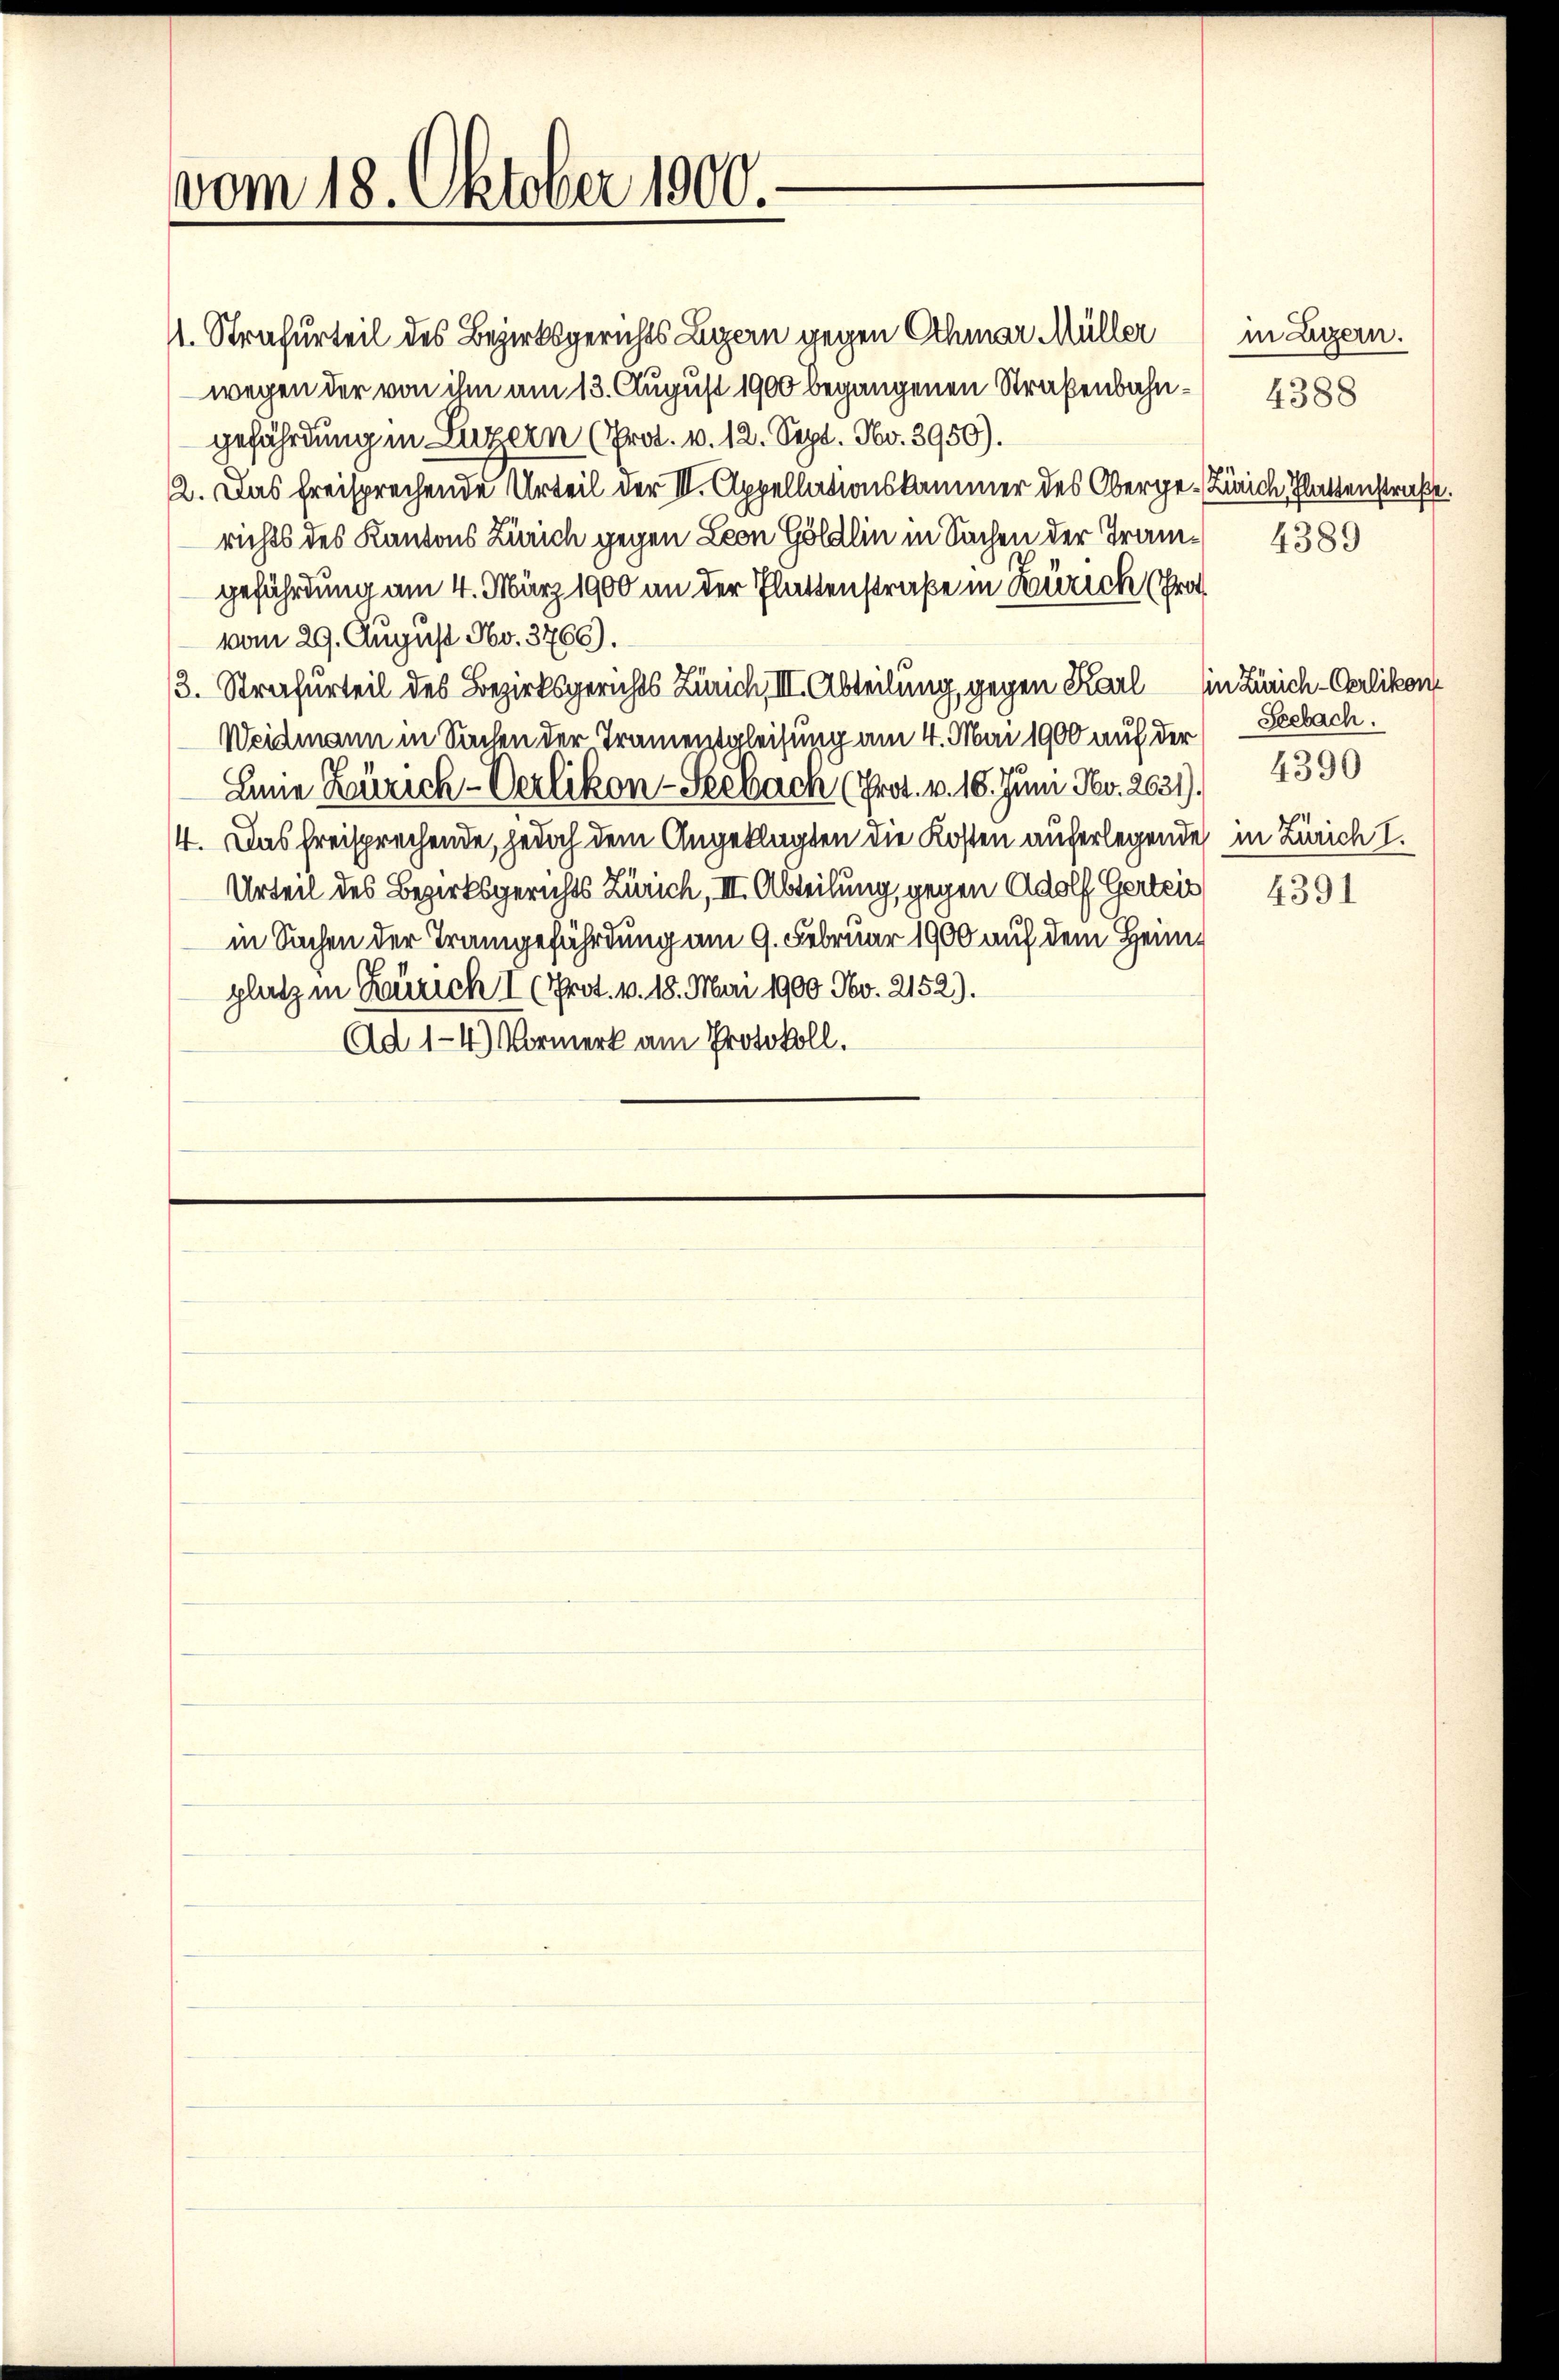
vom 18. Oktober 1900.

wegen der von ihm am 13. August 1900 begangenen Straßenbahngefährdung in Luzern (Prot. v. 12. Sept. No. 3950).
2. Das freisprechende Urteil der III. Appellationskammer des Oberge-Zürich, Plattenstraße.
richts des Kantons Zürich gegen Leon Göldlin in Sachen der Tramgefährdung am 4. März 1900 an der Plattenstraße in Zürich (Pro
vom 29. August No. 3766).
3. Strafurteil des Bezirksgerichts Zürich, III. Abteilung, gegen Karl in Zürich-Oerlikon
Weidmann in Sachen der Tramentaleisung am 4. Mai 1900 auf der
Linie Zürich-Verlikon-Seebach (Prot. v. 16. Juni Nev. 2031).
4. Das Freisprechende, jedoch dem Angeklagten die Kosten auferlegende in Zürich I.
Urteil des Bezirksgerichts Zürich, III. Abteilung, gegen Adolf Gerteis 4391
in Sachen der Trangefährdung am 9. Februar 1900 auf dem Heimplatz in Zürich I (Prot. v. 18. Mai 1900. No. 2152).
Ad 1-4.) Vormerk am Protokoll.

st. Strafurteil des Bezirksgerichts Luzern gegen Schmar Müller

in Ligern.
4388
4389

Seebach.
4390